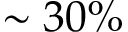
\sim 3 0 \%